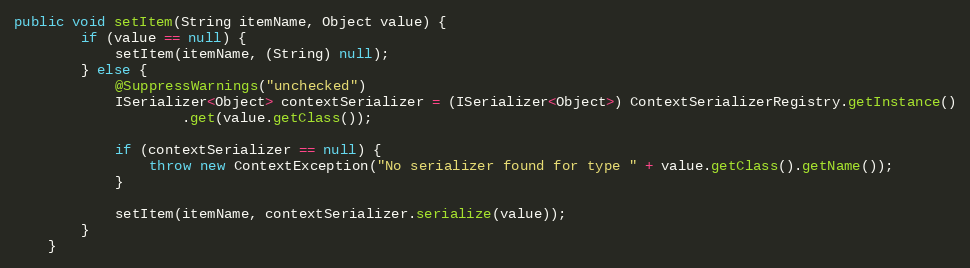
Language: Java
public void setItem(String itemName, Object value) {
        if (value == null) {
            setItem(itemName, (String) null);
        } else {
            @SuppressWarnings("unchecked")
            ISerializer<Object> contextSerializer = (ISerializer<Object>) ContextSerializerRegistry.getInstance()
                    .get(value.getClass());

            if (contextSerializer == null) {
                throw new ContextException("No serializer found for type " + value.getClass().getName());
            }

            setItem(itemName, contextSerializer.serialize(value));
        }
    }